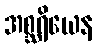
အစ္ဆရိယေန